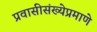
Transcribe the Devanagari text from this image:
प्रवासीसंख्येप्रमाणे